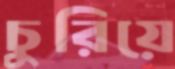
চুরিয়ে